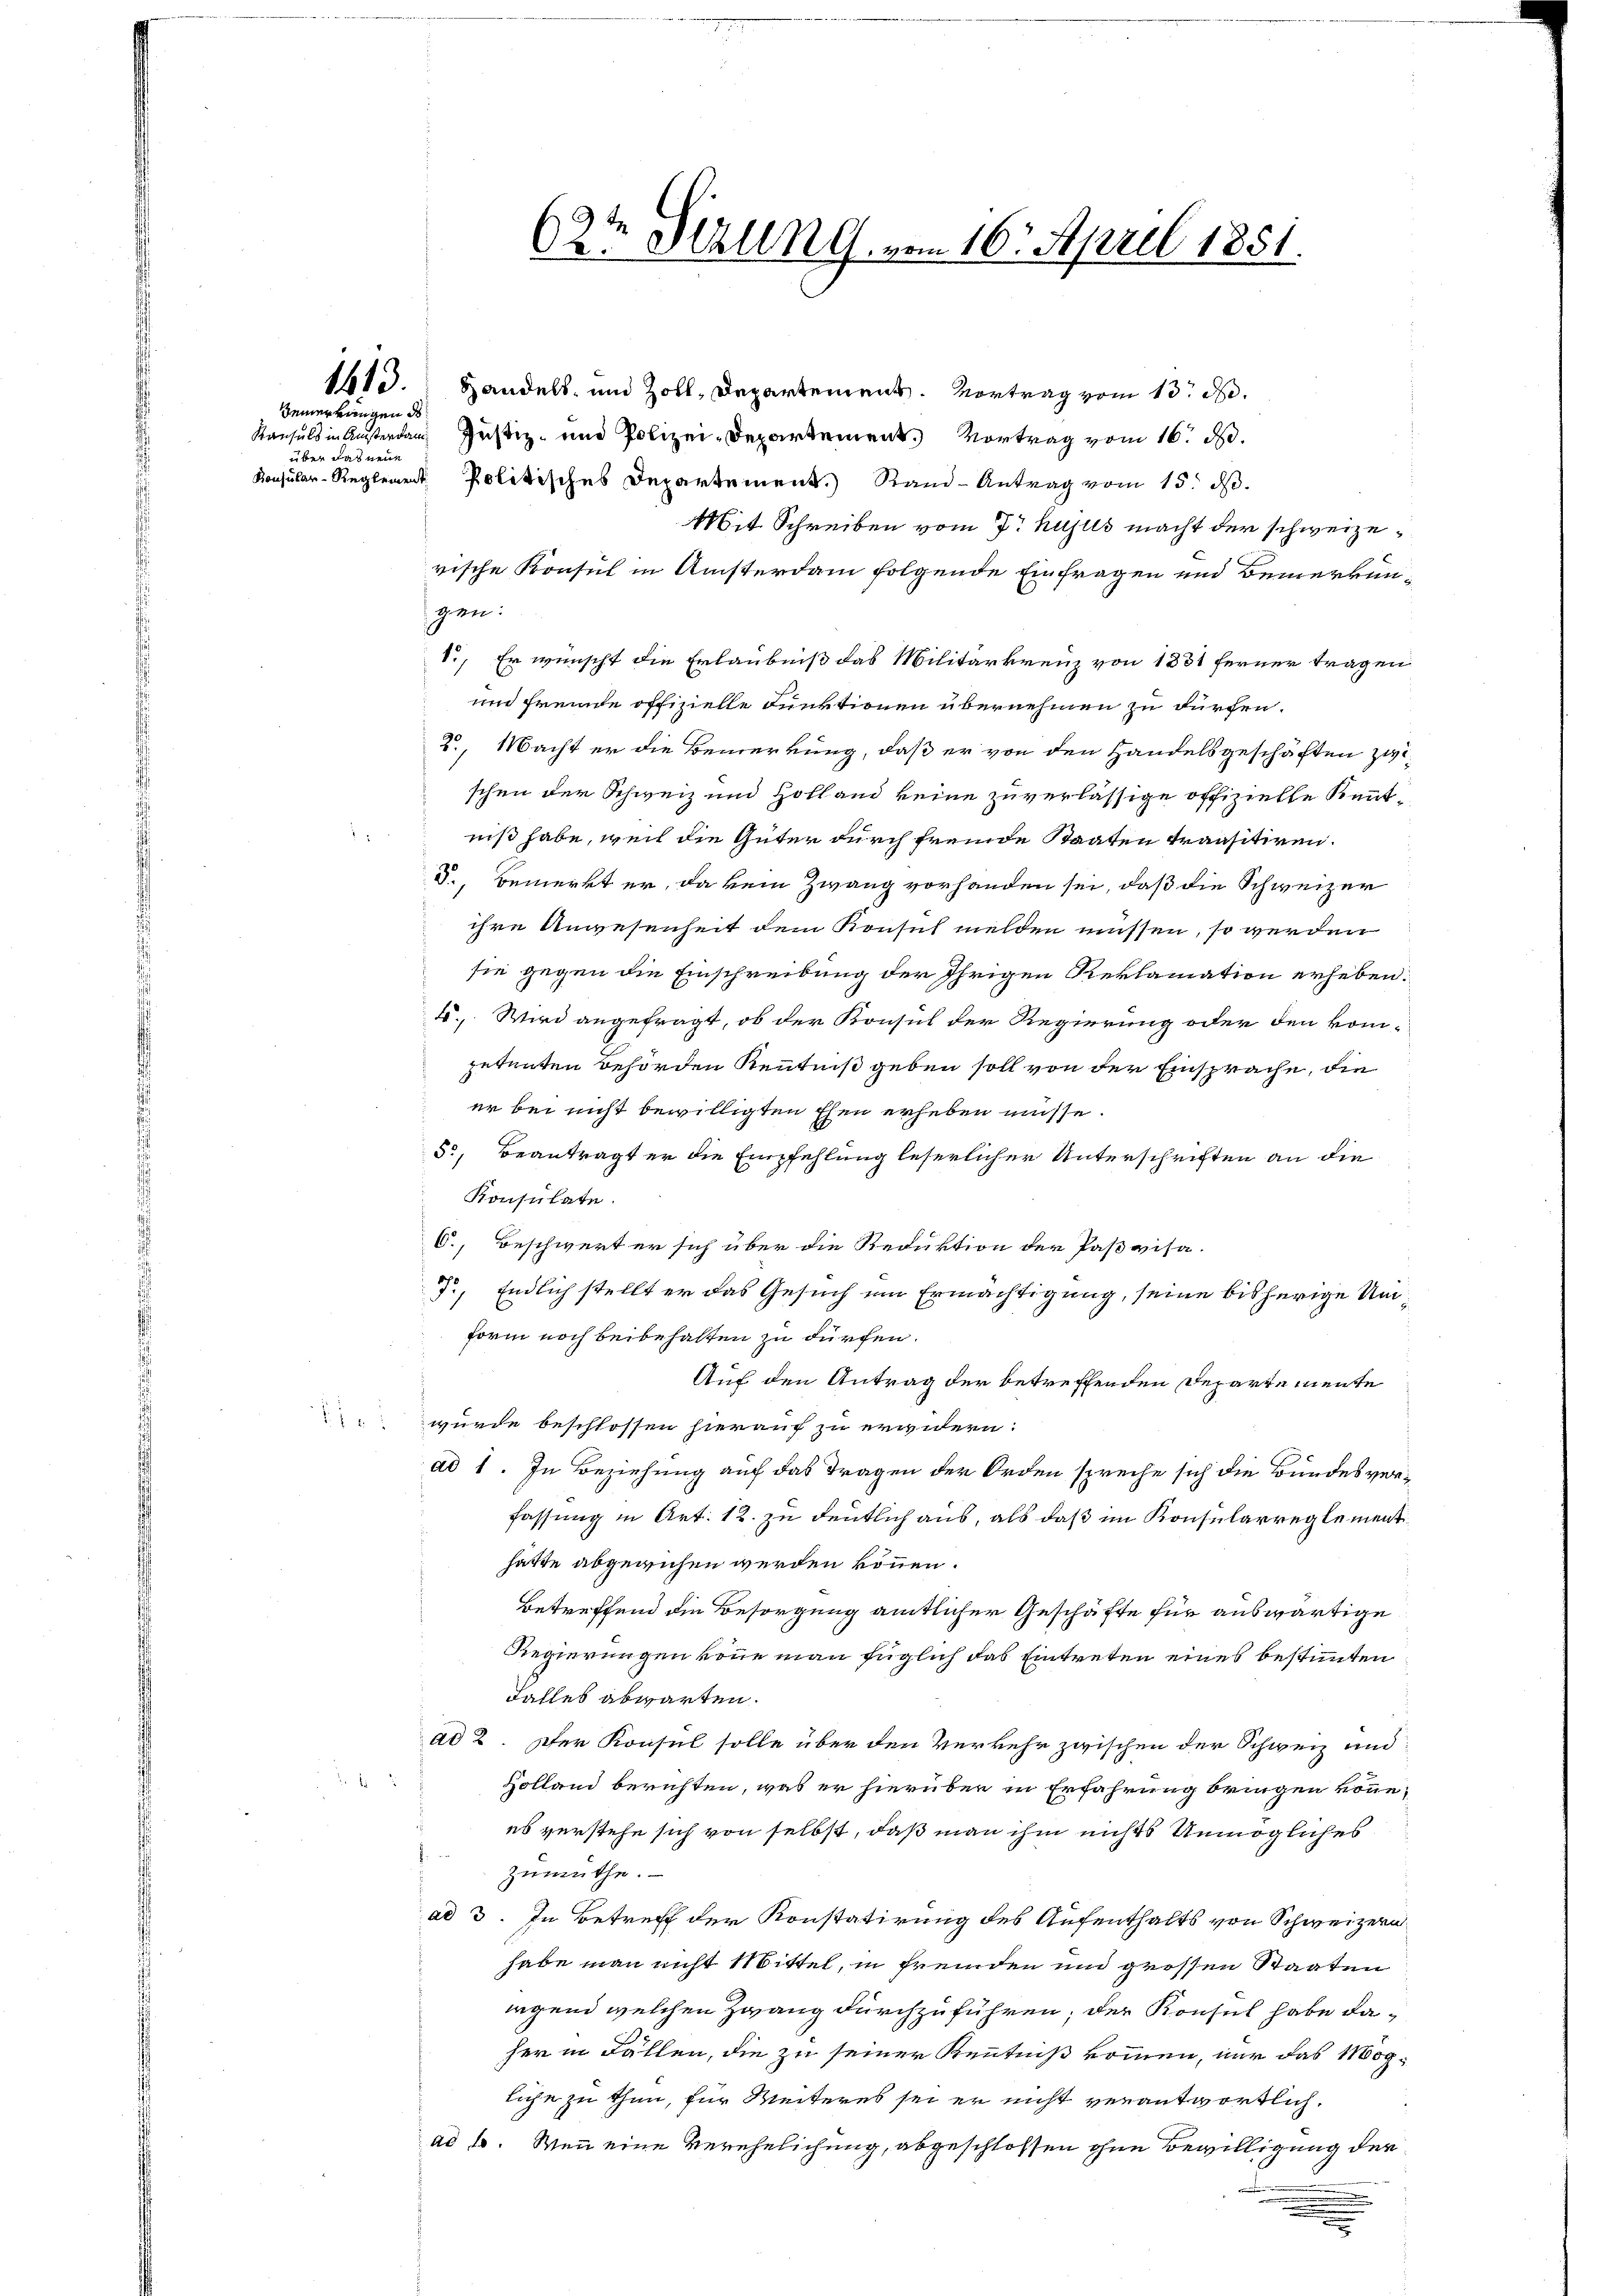
Zeinerungen de
über das neue

2

62te Hall kl. vom 16. April 1851.

1613. Handels- und Zoll, Departement. Vortrag vom 13. d.
Kausals in Ansterden Justiz- und Polizei-Departement. Vortrag vom 16. d.
Konsular-Reglement. Politisches Departement. Rand-Antrag vom 15. ds.
Mit Schreiben vom 7. hujus macht der schweizerische Konsul in Ansterdam folgende Einfragen und Bemerkungen:
1., Er wünscht die Erlaubniß das Militärkreuz von 1831 ferner tragen
un fremde offizielle Funktionen übernehmen zu dürfen.
2., Macht er die Bemerkung, daß er von den Handelsgeschäften zwischen der Schweiz und Holland keine zuverlässige offizielle Kenntniß habe, weil die Güter durch fremde Staaten transitiren.
S., Bemerkt er, da kein Zwang vorhanden sei, daß die Schweizer
ihre Angesenheit dem Konsus melden müssen, so werden
sie gegen die Einschreibung der Ihrigen Reklamation erheben.
15., Wird angefragt, ob der Konsul der Regierung oder den kom-
petenten Behörden Kenntniß geben soll von der Einsprache, die
er bei nicht bewilligten Ehen erheben müsse.
55, beantragt er die Empfehlung leserlicher Unterschriften an die
Konsulate.
C., Beschwert er sich über die Reduktion der Paßvisa-
3
3
Endlich stellt er das Gesuch um Ermächtigung, seine bisherige Umform noch beibehalten zu dürfen.
Auf den Antrag der betreffenden Departemente
wurde beschlossen hierauf zu erwiedern:
ad 1. In Beziehung auf das Tragen der Orden spreche sich die Bundesverfassung in Art. 12. zu deutlich aus, als daß im Konsularreglementhätte abgewichen werden können.
Betreffend die Besorgung amtlicher Geschäfte für auswärtige
Regierungen könne man füglich das Eintreten eines bestimmten
Falles abwarten.
ad 2. Der Konsul solle über den Verkehr zwischen der Schweiz und
Holland berichten, was er hierüber in Erfahrung bringen könne,
es verstehe sich von selbst, daß man ihm nichts Unmögliches
Zumuthe.
ad 3. In Betreff der Konstatirung des Aufenthalts von Schweizern
habe man nicht Mittel, in fremden und grossen Staaten
legend welchen Zwang durchzuführen; der Konsul habe daher in Fällen, die zu seiner Kenntniß kommen, nur das Mogliche zu thun, für Weiteres sei er nicht verantwortlich.
ad 1. Wenn eine Verehelichung, abgeschlossen ohne Bewilligung der

e